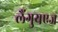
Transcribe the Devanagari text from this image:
लैंगुयएज